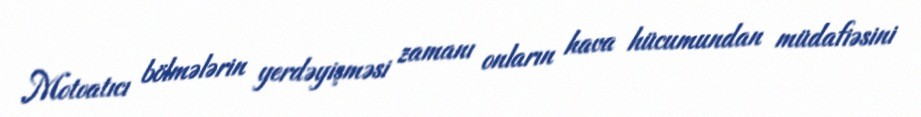
Motoatıcı bölmələrin yerdəyişməsi zamanı onların hava hücumundan müdafiəsini